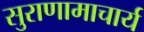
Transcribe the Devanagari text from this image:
सुराणामाचार्य